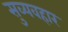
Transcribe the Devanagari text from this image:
सुव्यवहार